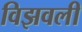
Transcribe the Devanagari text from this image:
विझवली